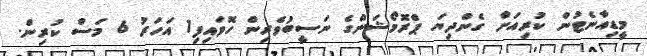
މީޑިއާނެޓުން ކުރިއަށް ގެންދިޔަ ޕްރޮމޯޝަންގެ ނަސީބުވެރިން ހޮވައިފި1 އަހަރު 6 މަސް ކުރިން.